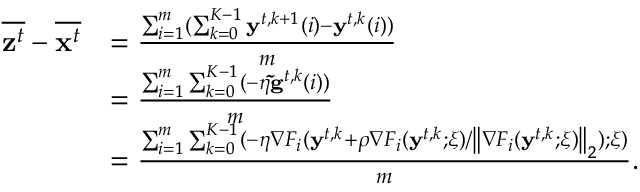
\begin{array} { r l } { \overline { { { \bf z } ^ { t } } } - \overline { { { \bf x } ^ { t } } } } & { = \frac { \sum _ { i = 1 } ^ { m } ( \sum _ { k = 0 } ^ { K - 1 } { \bf y } ^ { t , k + 1 } ( i ) - { \bf y } ^ { t , k } ( i ) ) } { m } } \\ & { = \frac { \sum _ { i = 1 } ^ { m } \sum _ { k = 0 } ^ { K - 1 } ( - \eta { \bf \tilde { g } } ^ { t , k } ( i ) ) } { m } } \\ & { = \frac { \sum _ { i = 1 } ^ { m } \sum _ { k = 0 } ^ { K - 1 } ( - \eta \nabla F _ { i } ( \mathbf { y } ^ { t , k } + \rho \nabla F _ { i } ( \mathbf { y } ^ { t , k } ; \xi ) / \left\| \nabla F _ { i } ( \mathbf { y } ^ { t , k } ; \xi ) \right\| _ { 2 } ) ; \xi ) } { m } . } \end{array}